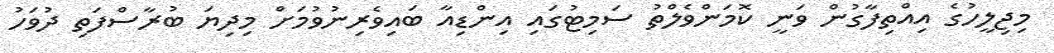
މިޖިލީހުގެ އިއްތިފާގުން ވަނީ ކޮމަންވެލްތު ސަމިޓުގައި އިންޑިއާ ބައިވެރިނުވުމަށް މިދިޔަ ބުރާސްފަތި ދުވަހު